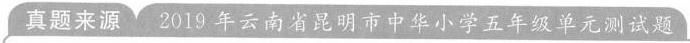
真题来源 2019年云南省昆明市中华小学五年级单元测试题